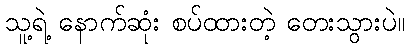
သူ့ရဲ့ နောက်ဆုံး စပ်ထားတဲ့ တေးသွားပဲ။